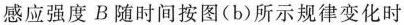
感应强度B随时间按图(b)所示规律变化时